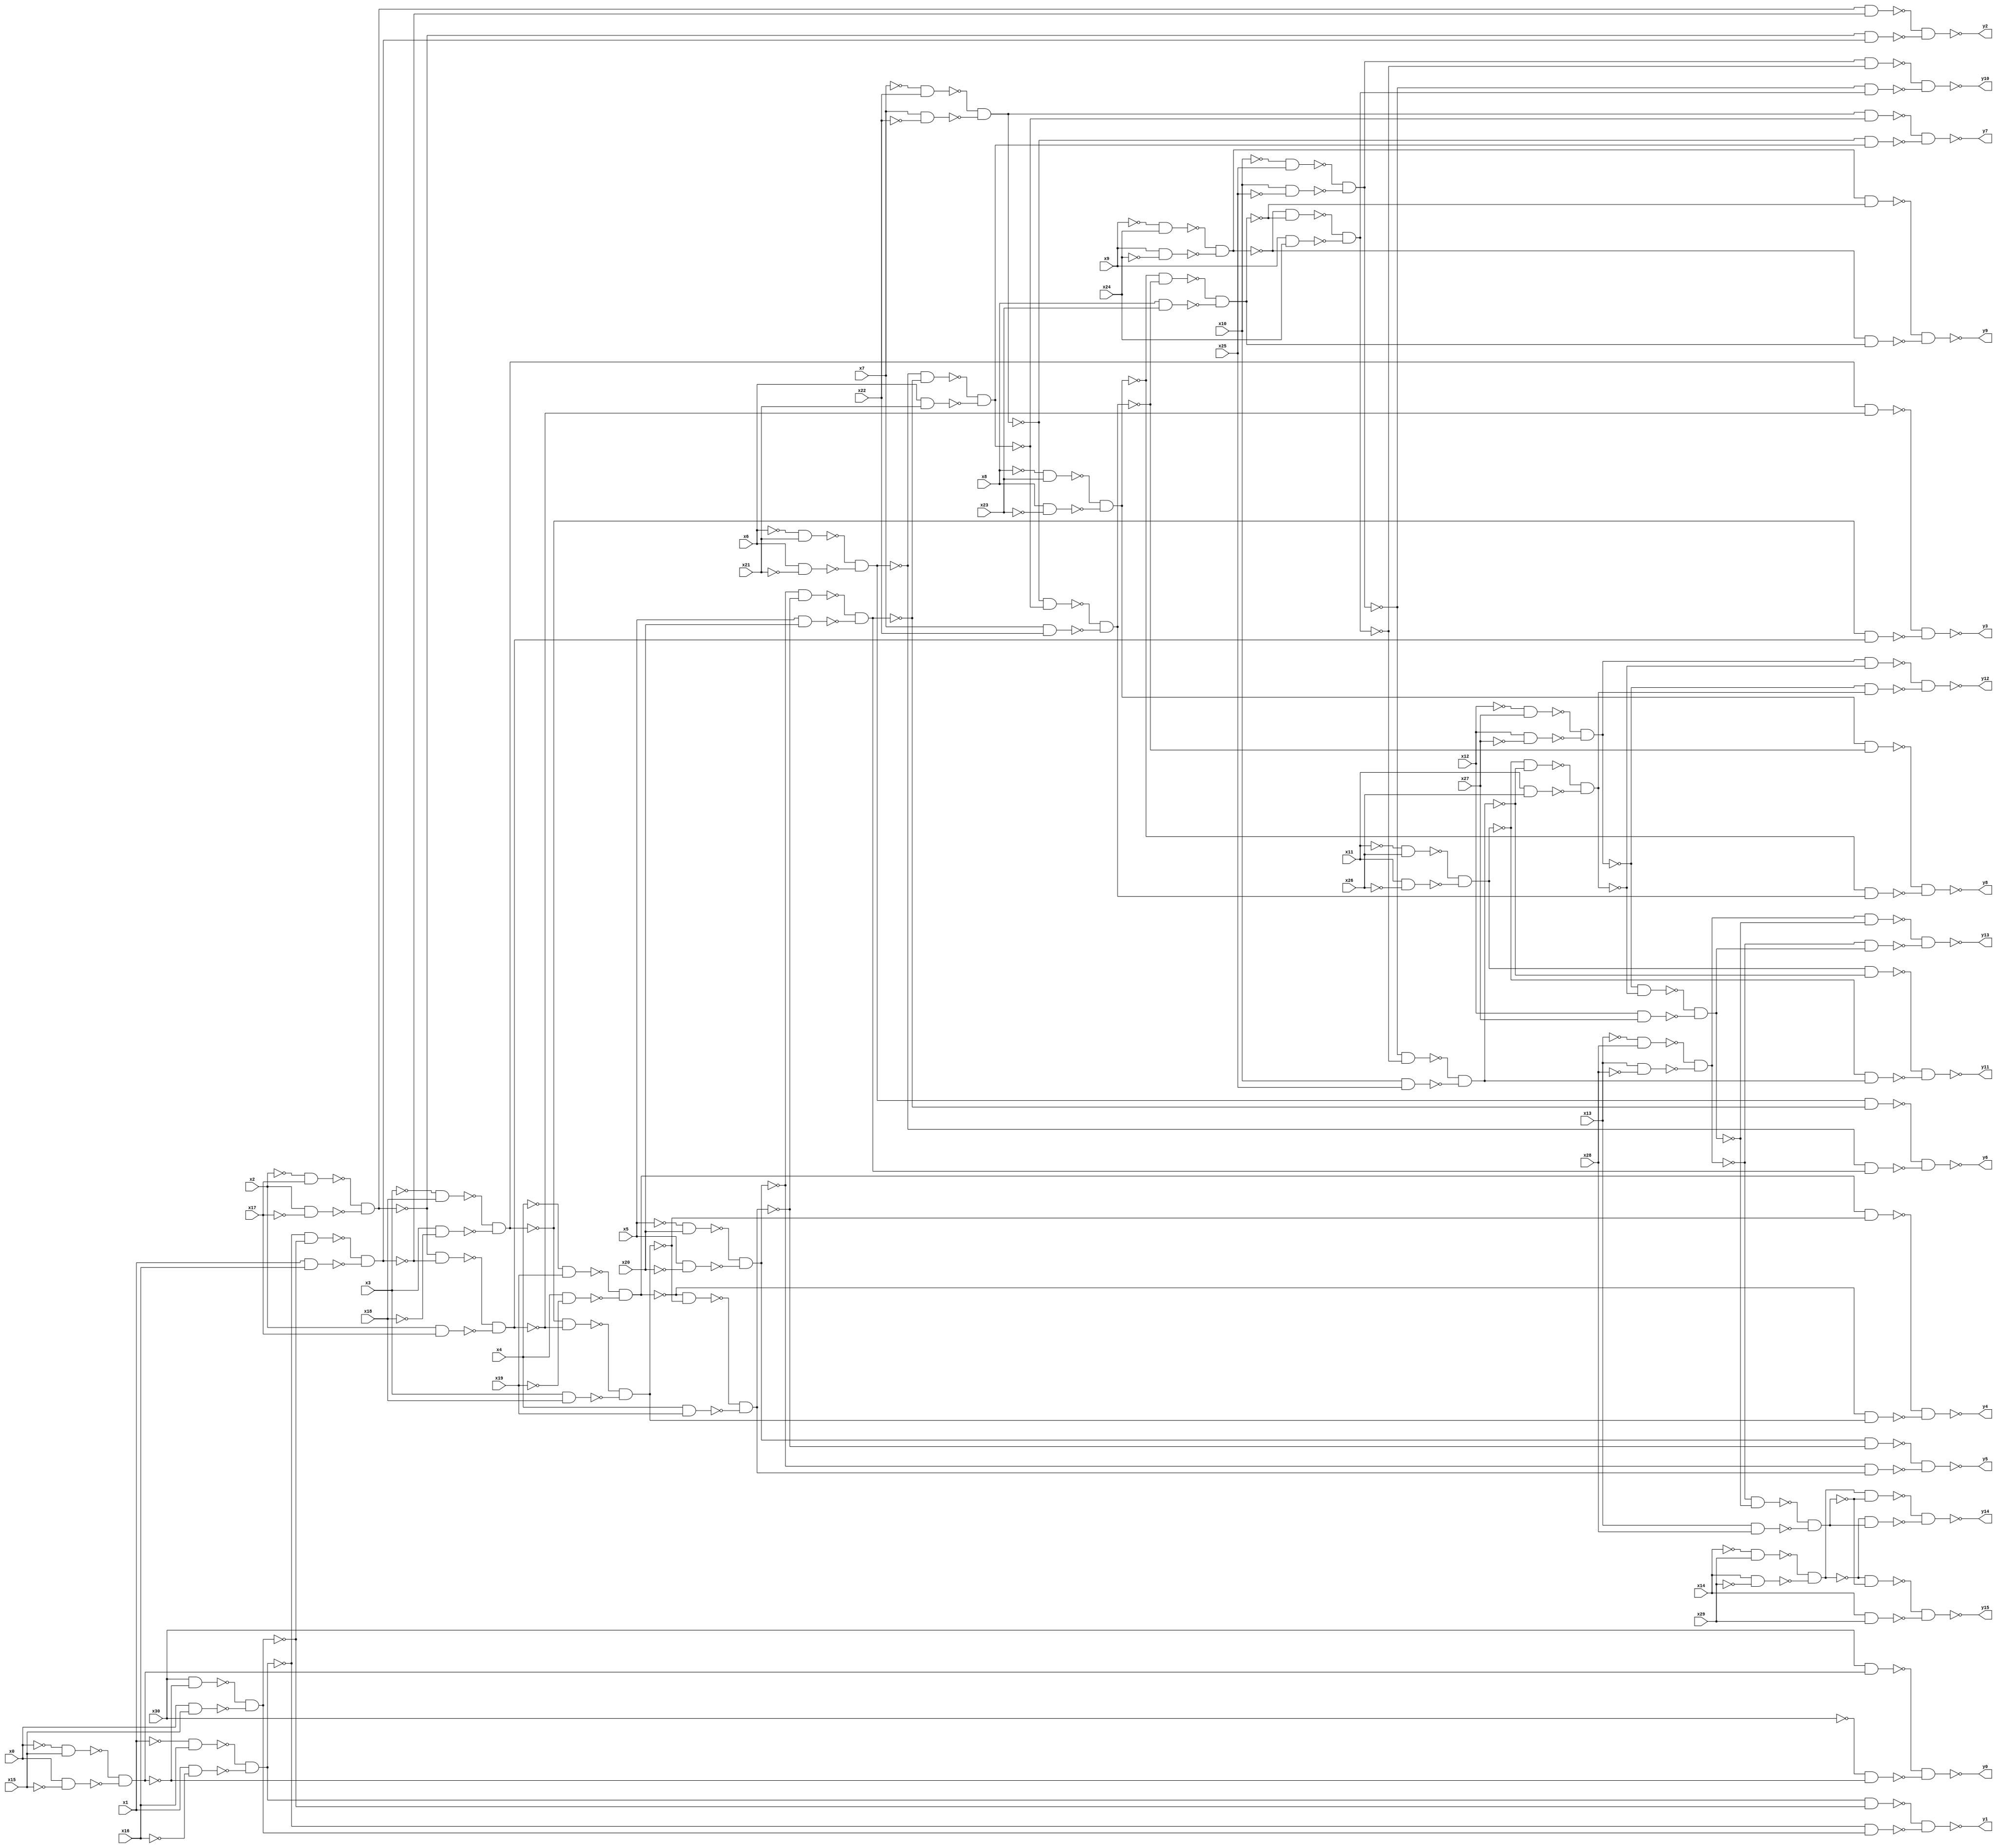
module top(x0, x1, x2, x3, x4, x5, x6, x7, x8, x9, x10, x11, x12, x13, x14, x15, x16, x17, x18, x19, x20, x21, x22, x23, x24, x25, x26, x27, x28, x29, x30, y0, y1, y2, y3, y4, y5, y6, y7, y8, y9, y10, y11, y12, y13, y14, y15);
  input x0, x1, x2, x3, x4, x5, x6, x7, x8, x9, x10, x11, x12, x13, x14, x15, x16, x17, x18, x19, x20, x21, x22, x23, x24, x25, x26, x27, x28, x29, x30;
  output y0, y1, y2, y3, y4, y5, y6, y7, y8, y9, y10, y11, y12, y13, y14, y15;
  wire n32, n33, n34, n35, n36, n37, n38, n39, n40, n41, n42, n43, n44, n45, n46, n47, n48, n49, n50, n51, n52, n53, n54, n55, n56, n57, n58, n59, n60, n61, n62, n63, n64, n65, n66, n67, n68, n69, n70, n71, n72, n73, n74, n75, n76, n77, n78, n79, n80, n81, n82, n83, n84, n85, n86, n87, n88, n89, n90, n91, n92, n93, n94, n95, n96, n97, n98, n99, n100, n101, n102, n103, n104, n105, n106, n107, n108, n109, n110, n111, n112, n113, n114, n115, n116, n117, n118, n119, n120, n121, n122, n123, n124, n125, n126, n127, n128, n129, n130, n131, n132, n133, n134, n135, n136, n137, n138, n139, n140, n141, n142, n143, n144, n145, n146, n147, n148, n149, n150, n151, n152, n153, n154, n155, n156, n157, n158, n159, n160, n161, n162, n163, n164, n165, n166;
  assign n32 = ~x0 & x15;
  assign n33 = x0 & ~x15;
  assign n34 = ~n32 & ~n33;
  assign n35 = x30 & n34;
  assign n36 = ~x30 & ~n34;
  assign n37 = ~n35 & ~n36;
  assign n38 = ~x1 & x16;
  assign n39 = x1 & ~x16;
  assign n40 = ~n38 & ~n39;
  assign n41 = x30 & ~n34;
  assign n42 = x0 & x15;
  assign n43 = ~n41 & ~n42;
  assign n44 = n40 & ~n43;
  assign n45 = ~n40 & n43;
  assign n46 = ~n44 & ~n45;
  assign n47 = ~x2 & x17;
  assign n48 = x2 & ~x17;
  assign n49 = ~n47 & ~n48;
  assign n50 = ~n40 & ~n43;
  assign n51 = x1 & x16;
  assign n52 = ~n50 & ~n51;
  assign n53 = n49 & ~n52;
  assign n54 = ~n49 & n52;
  assign n55 = ~n53 & ~n54;
  assign n56 = ~x3 & x18;
  assign n57 = x3 & ~x18;
  assign n58 = ~n56 & ~n57;
  assign n59 = ~n49 & ~n52;
  assign n60 = x2 & x17;
  assign n61 = ~n59 & ~n60;
  assign n62 = n58 & ~n61;
  assign n63 = ~n58 & n61;
  assign n64 = ~n62 & ~n63;
  assign n65 = ~x4 & x19;
  assign n66 = x4 & ~x19;
  assign n67 = ~n65 & ~n66;
  assign n68 = ~n58 & ~n61;
  assign n69 = x3 & x18;
  assign n70 = ~n68 & ~n69;
  assign n71 = n67 & ~n70;
  assign n72 = ~n67 & n70;
  assign n73 = ~n71 & ~n72;
  assign n74 = ~x5 & x20;
  assign n75 = x5 & ~x20;
  assign n76 = ~n74 & ~n75;
  assign n77 = ~n67 & ~n70;
  assign n78 = x4 & x19;
  assign n79 = ~n77 & ~n78;
  assign n80 = n76 & ~n79;
  assign n81 = ~n76 & n79;
  assign n82 = ~n80 & ~n81;
  assign n83 = ~x6 & x21;
  assign n84 = x6 & ~x21;
  assign n85 = ~n83 & ~n84;
  assign n86 = ~n76 & ~n79;
  assign n87 = x5 & x20;
  assign n88 = ~n86 & ~n87;
  assign n89 = n85 & ~n88;
  assign n90 = ~n85 & n88;
  assign n91 = ~n89 & ~n90;
  assign n92 = ~x7 & x22;
  assign n93 = x7 & ~x22;
  assign n94 = ~n92 & ~n93;
  assign n95 = ~n85 & ~n88;
  assign n96 = x6 & x21;
  assign n97 = ~n95 & ~n96;
  assign n98 = n94 & ~n97;
  assign n99 = ~n94 & n97;
  assign n100 = ~n98 & ~n99;
  assign n101 = ~x8 & x23;
  assign n102 = x8 & ~x23;
  assign n103 = ~n101 & ~n102;
  assign n104 = ~n94 & ~n97;
  assign n105 = x7 & x22;
  assign n106 = ~n104 & ~n105;
  assign n107 = n103 & ~n106;
  assign n108 = ~n103 & n106;
  assign n109 = ~n107 & ~n108;
  assign n110 = ~x9 & x24;
  assign n111 = x9 & ~x24;
  assign n112 = ~n110 & ~n111;
  assign n113 = ~n103 & ~n106;
  assign n114 = x8 & x23;
  assign n115 = ~n113 & ~n114;
  assign n116 = n112 & ~n115;
  assign n117 = ~n112 & n115;
  assign n118 = ~n116 & ~n117;
  assign n119 = ~x10 & x25;
  assign n120 = x10 & ~x25;
  assign n121 = ~n119 & ~n120;
  assign n122 = ~n112 & ~n115;
  assign n123 = x9 & x24;
  assign n124 = ~n122 & ~n123;
  assign n125 = n121 & ~n124;
  assign n126 = ~n121 & n124;
  assign n127 = ~n125 & ~n126;
  assign n128 = ~x11 & x26;
  assign n129 = x11 & ~x26;
  assign n130 = ~n128 & ~n129;
  assign n131 = ~n121 & ~n124;
  assign n132 = x10 & x25;
  assign n133 = ~n131 & ~n132;
  assign n134 = n130 & ~n133;
  assign n135 = ~n130 & n133;
  assign n136 = ~n134 & ~n135;
  assign n137 = ~x12 & x27;
  assign n138 = x12 & ~x27;
  assign n139 = ~n137 & ~n138;
  assign n140 = ~n130 & ~n133;
  assign n141 = x11 & x26;
  assign n142 = ~n140 & ~n141;
  assign n143 = n139 & ~n142;
  assign n144 = ~n139 & n142;
  assign n145 = ~n143 & ~n144;
  assign n146 = ~x13 & x28;
  assign n147 = x13 & ~x28;
  assign n148 = ~n146 & ~n147;
  assign n149 = ~n139 & ~n142;
  assign n150 = x12 & x27;
  assign n151 = ~n149 & ~n150;
  assign n152 = n148 & ~n151;
  assign n153 = ~n148 & n151;
  assign n154 = ~n152 & ~n153;
  assign n155 = ~x14 & x29;
  assign n156 = x14 & ~x29;
  assign n157 = ~n155 & ~n156;
  assign n158 = ~n148 & ~n151;
  assign n159 = x13 & x28;
  assign n160 = ~n158 & ~n159;
  assign n161 = n157 & ~n160;
  assign n162 = ~n157 & n160;
  assign n163 = ~n161 & ~n162;
  assign n164 = ~n157 & ~n160;
  assign n165 = x14 & x29;
  assign n166 = ~n164 & ~n165;
  assign y0 = ~n37;
  assign y1 = ~n46;
  assign y2 = ~n55;
  assign y3 = ~n64;
  assign y4 = ~n73;
  assign y5 = ~n82;
  assign y6 = ~n91;
  assign y7 = ~n100;
  assign y8 = ~n109;
  assign y9 = ~n118;
  assign y10 = ~n127;
  assign y11 = ~n136;
  assign y12 = ~n145;
  assign y13 = ~n154;
  assign y14 = ~n163;
  assign y15 = ~n166;
endmodule